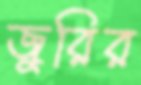
জুরির